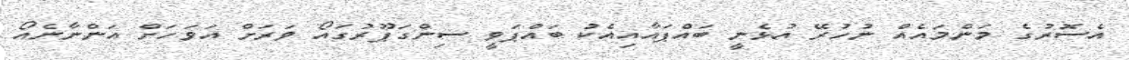
އެސޮރުގެ މަންމައެއް ނުހުރޭ އުޅެނީ ބައްޕައާއިއެކު ބައްޕަވީ ސިންގަޕޫރުގައޯ ވަރަށް އަވަހަށް އަންނާނެއޯ